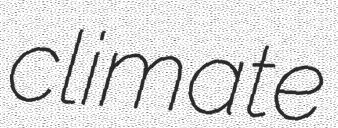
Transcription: climate